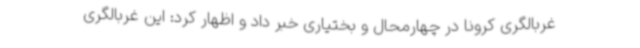
غربالگری کرونا در چهارمحال و بختیاری خبر داد و اظهار کرد: این غربالگری